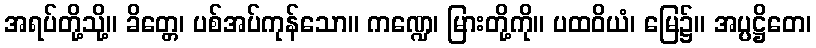
အရပ်တို့သို့။ ခိတ္တေ၊ ပစ်အပ်ကုန်သော။ ကဏ္ဍေ၊ မြားတို့ကို။ ပထဝိယံ၊ မြေ၌။ အပ္ပဋ္ဌိတေ၊